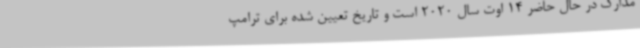
مدارک در حال حاضر 14 اوت سال 2020 است و تاریخ تعیین شده برای ترامپ